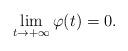
LaTeX: \begin{align*}\lim_{t\to +\infty}\varphi(t)=0.\end{align*}